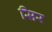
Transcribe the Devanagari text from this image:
सिर